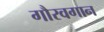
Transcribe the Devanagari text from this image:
गौरवगान